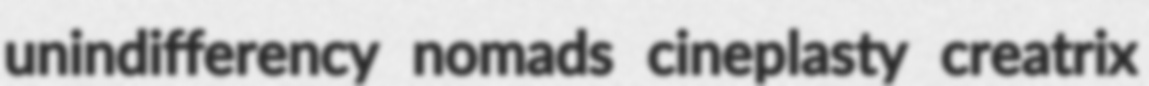
unindifferency nomads cineplasty creatrix